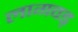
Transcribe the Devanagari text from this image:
लागवड्